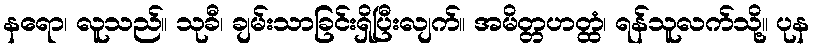
နရော၊ လူသည်။ သုခီ၊ ချမ်းသာခြင်းရှိပြီးလျက်။ အမိတ္တဟတ္ထံ၊ ရန်သူလက်သို့။ ပုန